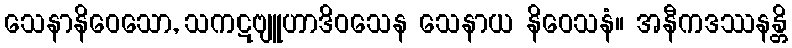
သေနာနိဝေသော, သကဋဗျူဟာဒိဝသေန သေနာယ နိဝေသနံ။ အနီကဒဿနန္တိ